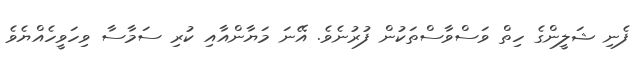
ފެނި ޝަލީންގެ ހިތް ވަސްވާސްތަކުން ފުރުނެވެ. އޭނަ މަޔާންއާއި ކުރި ސަމާސާ ވިހަވީހެއްޔެވެ